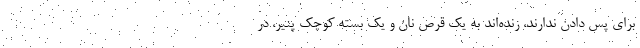
براي پس دادن ندارند، زنده‌اند به يك قرص نان و يك بسته كوچك پنير، در